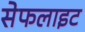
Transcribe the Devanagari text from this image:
सेफलाइट